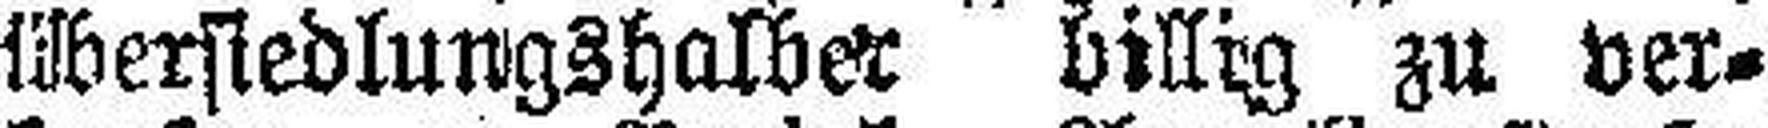
Übersiedlungshalber billig zu ver¬